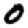
Digit: 0